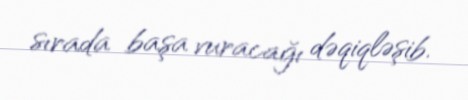
sırada başa vuracağı dəqiqləşib.